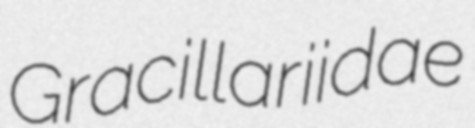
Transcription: Gracillariidae